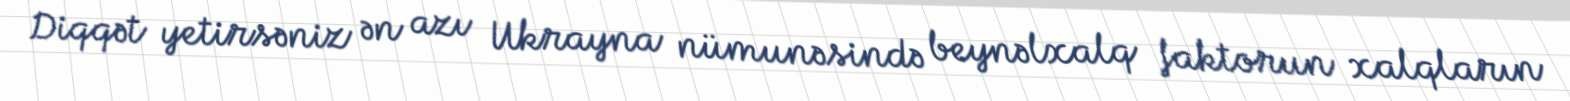
Diqqət yetirsəniz ən azı Ukrayna nümunəsində beynəlxalq faktorun xalqların